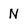
Character: N